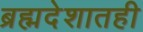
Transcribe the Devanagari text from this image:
ब्रह्मदेशातही